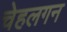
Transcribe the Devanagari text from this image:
चेहलगन